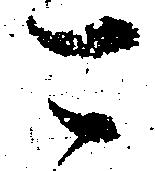
可